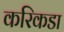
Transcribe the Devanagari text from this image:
करिकडा